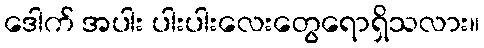
ဒေါက် အပါး ပါးပါးလေးတွေရောရှိသလား။